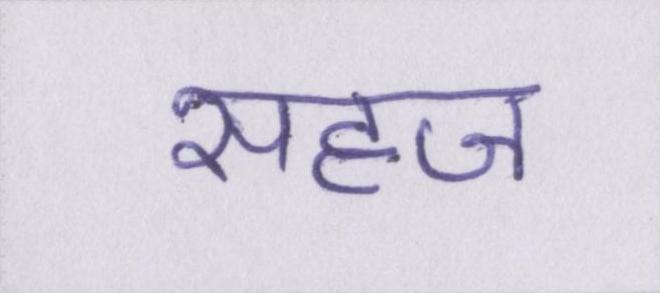
सहज